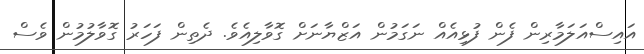
އައިސްއަލަމާރިން ފެން ފުޅިއެއް ނަގަމުން އަޒްޔާނަށް ގޮވާލިއެވެ. ދެތިން ފަހަރު ގޮވާލުމުން ވެސް